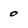
Character: 0